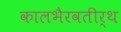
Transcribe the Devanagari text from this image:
कालभैरवतीर्थ